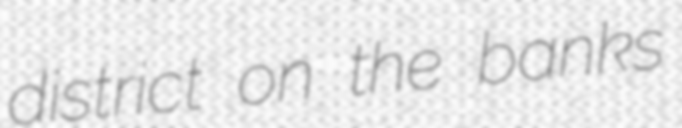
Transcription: district on the banks